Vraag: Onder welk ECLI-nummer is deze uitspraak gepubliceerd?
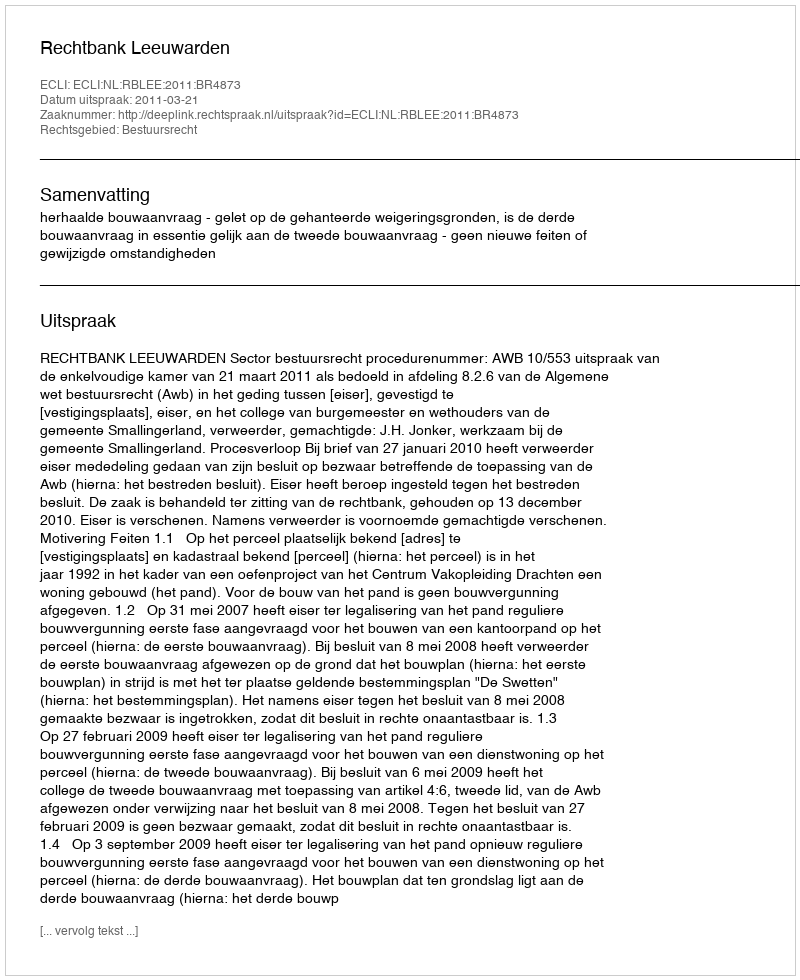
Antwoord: ECLI:NL:RBLEE:2011:BR4873